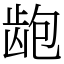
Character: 龅